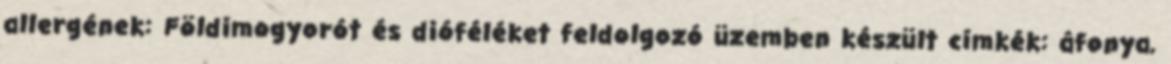
allergének: Földimogyorót és dióféléket feldolgozó üzemben készült címkék: áfonya,